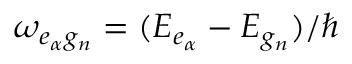
\omega _ { e _ { \alpha } g _ { n } } = ( { \cal E } _ { e _ { \alpha } } - { \cal E } _ { g _ { n } } ) / \hbar